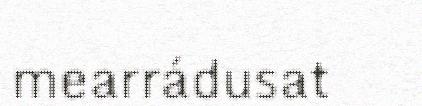
mearrádusat